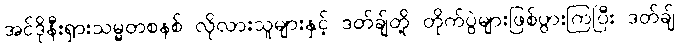
အင်ဒိုနီးရှားသမ္မတစနစ် လိုလားသူများနှင့် ဒတ်ချ်တို့ တိုက်ပွဲများဖြစ်ပွားကြပြီး ဒတ်ချ်